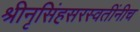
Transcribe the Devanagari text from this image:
श्रीनृसिंहसरस्वतींनीच